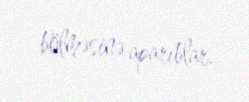
bölməsinə aparıblar.